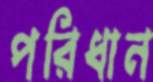
পরিধান